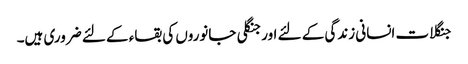
جنگلات انسانی زندگی کے لئے اورجنگلی جانوروں کی بقاء کے لئے ضروری ہیں۔